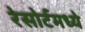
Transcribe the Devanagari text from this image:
रेसोर्टमध्ये